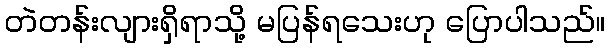
တဲတန်းလျားရှိရာသို့ မပြန်ရသေးဟု ပြောပါသည်။